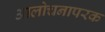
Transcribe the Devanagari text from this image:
आलोचनापरक